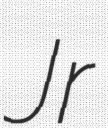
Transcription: Jr